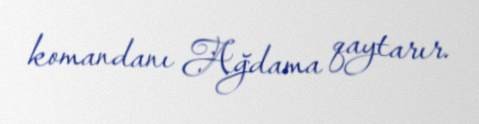
komandanı Ağdama qaytarır.